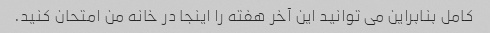
کامل بنابراین می توانید این آخر هفته را اینجا در خانه من امتحان کنید.